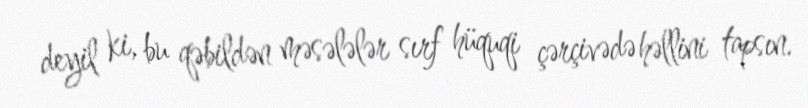
deyil ki, bu qəbildən məsələlər sırf hüquqi çərçivədə həllini tapsın.